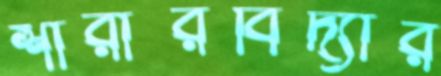
শারীরবিদ্যার